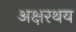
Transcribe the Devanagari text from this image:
अक्षरथय